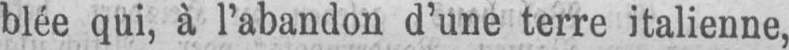
blée qui, à l’abandon d’une terre italienne,